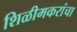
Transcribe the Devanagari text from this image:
शिळीमकरांचा